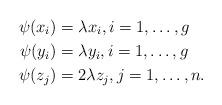
LaTeX: \begin{align*} \psi(x_i) &= \lambda x_i, i=1,\ldots,g \\ \psi(y_i) &= \lambda y_i, i=1,\ldots,g \\ \psi(z_j) &= 2 \lambda z_j, j=1,\ldots,n.\end{align*}